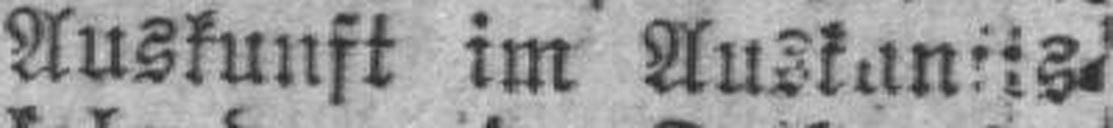
Auskunft im Auskanits¬